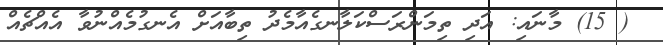
( 15) މާނައި: އަދި ތިމަންރަސްކަލާނގެއާމެދު ތިބާއަށް އެނގުމެއްނުވާ އެއްޗެއް